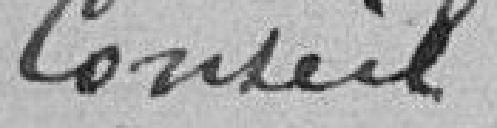
Conseil.